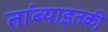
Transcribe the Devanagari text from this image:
तांब्याइतकी